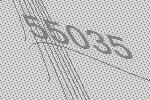
55035